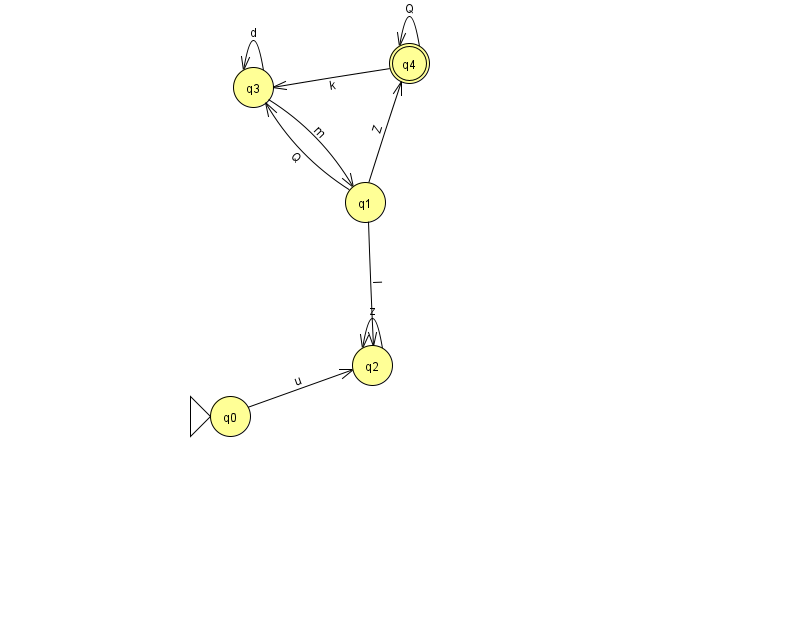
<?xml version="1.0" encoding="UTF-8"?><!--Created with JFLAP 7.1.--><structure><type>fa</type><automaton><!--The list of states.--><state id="0" name="q0"><x>230.0</x><y>403.0</y><initial/></state><state id="1" name="q1"><x>365.0</x><y>189.0</y></state><state id="2" name="q2"><x>372.0</x><y>352.0</y></state><state id="3" name="q3"><x>253.0</x><y>74.0</y></state><state id="4" name="q4"><x>409.0</x><y>50.0</y><final/></state><!--The list of transitions.--><transition><from>4</from><to>4</to><read>Q</read></transition><transition><from>1</from><to>3</to><read>Q</read></transition><transition><from>1</from><to>2</to><read>I</read></transition><transition><from>3</from><to>3</to><read>d</read></transition><transition><from>4</from><to>3</to><read>k</read></transition><transition><from>0</from><to>2</to><read>u</read></transition><transition><from>2</from><to>2</to><read>z</read></transition><transition><from>1</from><to>4</to><read>Z</read></transition><transition><from>3</from><to>1</to><read>m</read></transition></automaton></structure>